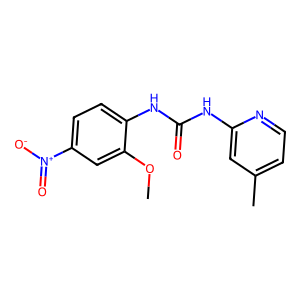
SMILES: COc1cc([N+](=O)[O-])ccc1NC(=O)Nc1cc(C)ccn1
Inhibits HIV replication: No